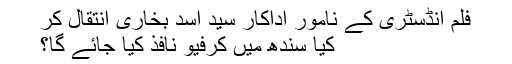
فلم انڈسٹری کے نامور اداکار سیّد اسد بخاری انتقال کر
کیا سندھ میں کرفیو نافذ کیا جائے گا؟